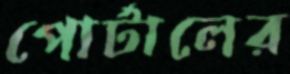
পোর্টালের